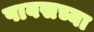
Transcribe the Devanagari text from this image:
पावसच्या